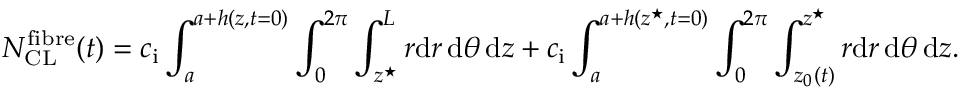
N _ { \mathrm { C L } } ^ { \mathrm { f i b r e } } ( t ) = c _ { \mathrm { i } } \int _ { a } ^ { a + h ( z , t = 0 ) } \int _ { 0 } ^ { 2 \pi } \int _ { z ^ { \star } } ^ { L } r \mathrm { d } r \, \mathrm { d } \theta \, \mathrm { d } z + c _ { \mathrm { i } } \int _ { a } ^ { a + h ( z ^ { \star } , t = 0 ) } \int _ { 0 } ^ { 2 \pi } \int _ { z _ { 0 } ( t ) } ^ { z ^ { \star } } r \mathrm { d } r \, \mathrm { d } \theta \, \mathrm { d } z .